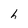
Character: h